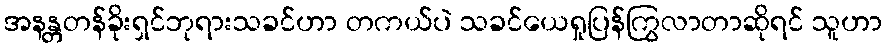
အနန္တတန်ခိုးရှင်ဘုရားသခင်ဟာ တကယ်ပဲ သခင်ယေရှုပြန်ကြွလာတာဆိုရင် သူဟာ